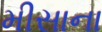
મીસાના